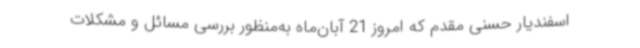
اسفندیار حسنی ‌مقدم که امروز 21 آبان‌ماه به‌منظور بررسی مسائل و مشکلات